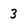
Character: 3